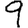
Digit: 9